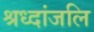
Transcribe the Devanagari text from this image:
श्रध्दांजलि